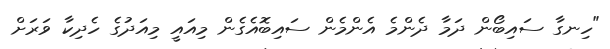
"ހިނގާ ސައިބޯން ދަމާ ދެންމެ އެންމެން ސައިބޮއެގެން މިއައީ މިއަދުގެ ހެދިކާ ވަރަށް